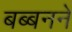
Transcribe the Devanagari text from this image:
बब्बनने